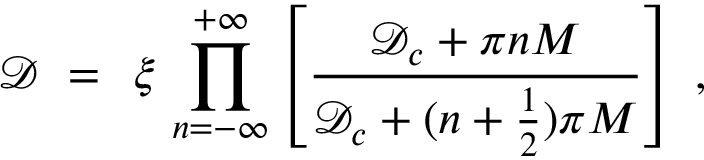
{ \mathcal D } \; = \; \, \xi \, \prod _ { n = - \infty } ^ { + \infty } \left[ \frac { { \mathcal D } _ { c } + \pi n M } { { \mathcal D } _ { c } + ( n + \frac { 1 } { 2 } ) \pi M } \right] \; ,